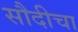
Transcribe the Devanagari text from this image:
सौदीचा